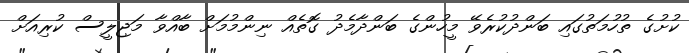
ކުށުގެ ތުހުމަތުގައި ބަންދުކުރެވޭ މީހުންގެ ބަންދާމެދު ގޮތެއް ނިންމުމަށް ބާއްވާ މަޖިލީސް ކުރިއަށް